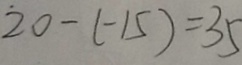
2 0 - ( - 1 5 ) = 3 5